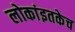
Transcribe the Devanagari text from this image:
लोकांइतकेच